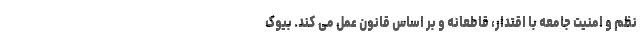
نظم و امنیت جامعه با اقتدار، قاطعانه و بر اساس قانون عمل می کند. بیوک